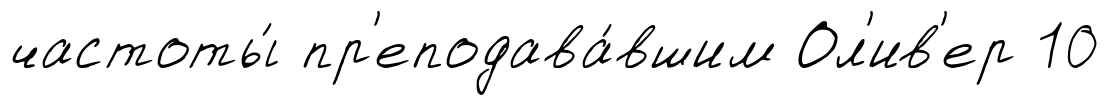
частоты́ пр'еподава́вшим Ол'ив'ер 10